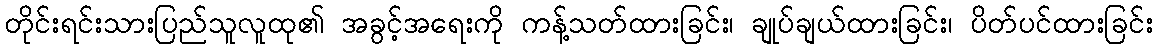
တိုင်းရင်းသားပြည်သူလူထု၏ အခွင့်အရေးကို ကန့်သတ်ထားခြင်း၊ ချုပ်ချယ်ထားခြင်း၊ ပိတ်ပင်ထားခြင်း